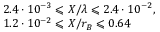
\begin{array} { l } { 2 . 4 \cdot 1 0 ^ { - 3 } \leqslant X / \lambda \leqslant 2 . 4 \cdot 1 0 ^ { - 2 } , } \\ { 1 . 2 \cdot 1 0 ^ { - 2 } \leqslant X / r _ { B } \leqslant 0 . 6 4 } \end{array}